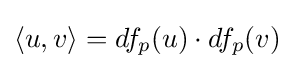
\langle u,v\rangle =df_{p}(u)\cdot df_{p}(v)